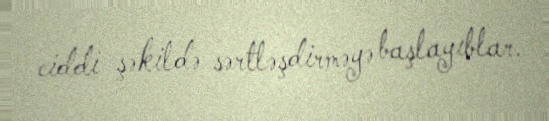
ciddi şəkildə sərtləşdirməyə başlayıblar.